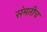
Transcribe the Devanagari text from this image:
संमतीच